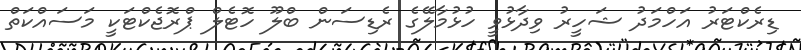
ޑިރެކްޓަރު އަހްމަދު ޝަހީރު ވިދާޅުވީ ހުޅުމާލޭގެ ރެޑިސަން ބްލޫ ހޮޓެލް ޕްރޮޖެކްޓަކީ މަސައްކަތް